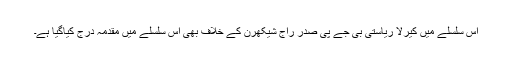
اس سلسلے میں کیرلا ریاستی بی جے پی صدر راج شیکھرن کے خلاف بھی اس سلسلے میں مقدمہ درج کیاگیا ہے۔